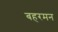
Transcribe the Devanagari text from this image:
बहरमन